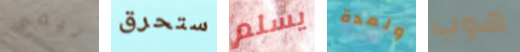
تيمي ستحرق يسلم ولمدة هوب